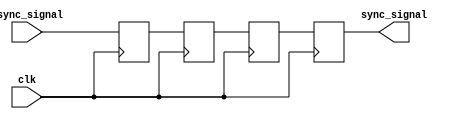
module triple_ff_synchronizer (
    input wire async_signal,  // Input signal from the asynchronous clock domain
    input wire clk,           // Clock signal of the destination clock domain
    output reg sync_signal    // Synchronized output signal
);

    // Internal registers for the three stages of flip-flops
    reg ff1, ff2, ff3;

    // Sequential logic for the flip-flops
    always @(posedge clk) begin
        ff1 <= async_signal; // Sample the async_signal into the first flip-flop
        ff2 <= ff1;          // Sample the output of ff1 into the second flip-flop
        ff3 <= ff2;          // Sample the output of ff2 into the third flip-flop
    end

    // Assign the output signal to the last flip-flop stage
    always @(posedge clk) begin
        sync_signal <= ff3;  // The final synchronized output
    end

endmodule